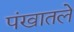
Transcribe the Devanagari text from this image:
पंखातले